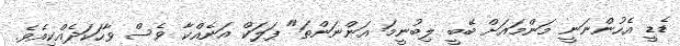
ޑެޑީ އެހުންނަނީ މަންމައަށް ބޭބީ ލިބުނީމަ އަންނަންތަ" ފަލަކް އަނެއްކާ ވެސް ވާހަކަދެއްކިއެވެ.